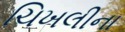
ચિખલીના